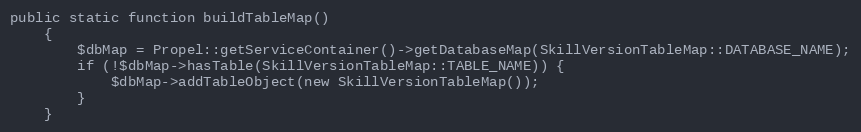
Language: PHP
public static function buildTableMap()
    {
        $dbMap = Propel::getServiceContainer()->getDatabaseMap(SkillVersionTableMap::DATABASE_NAME);
        if (!$dbMap->hasTable(SkillVersionTableMap::TABLE_NAME)) {
            $dbMap->addTableObject(new SkillVersionTableMap());
        }
    }